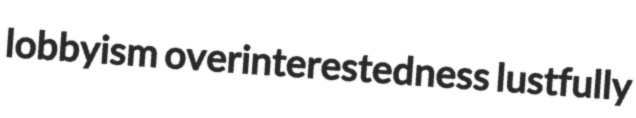
lobbyism overinterestedness lustfully